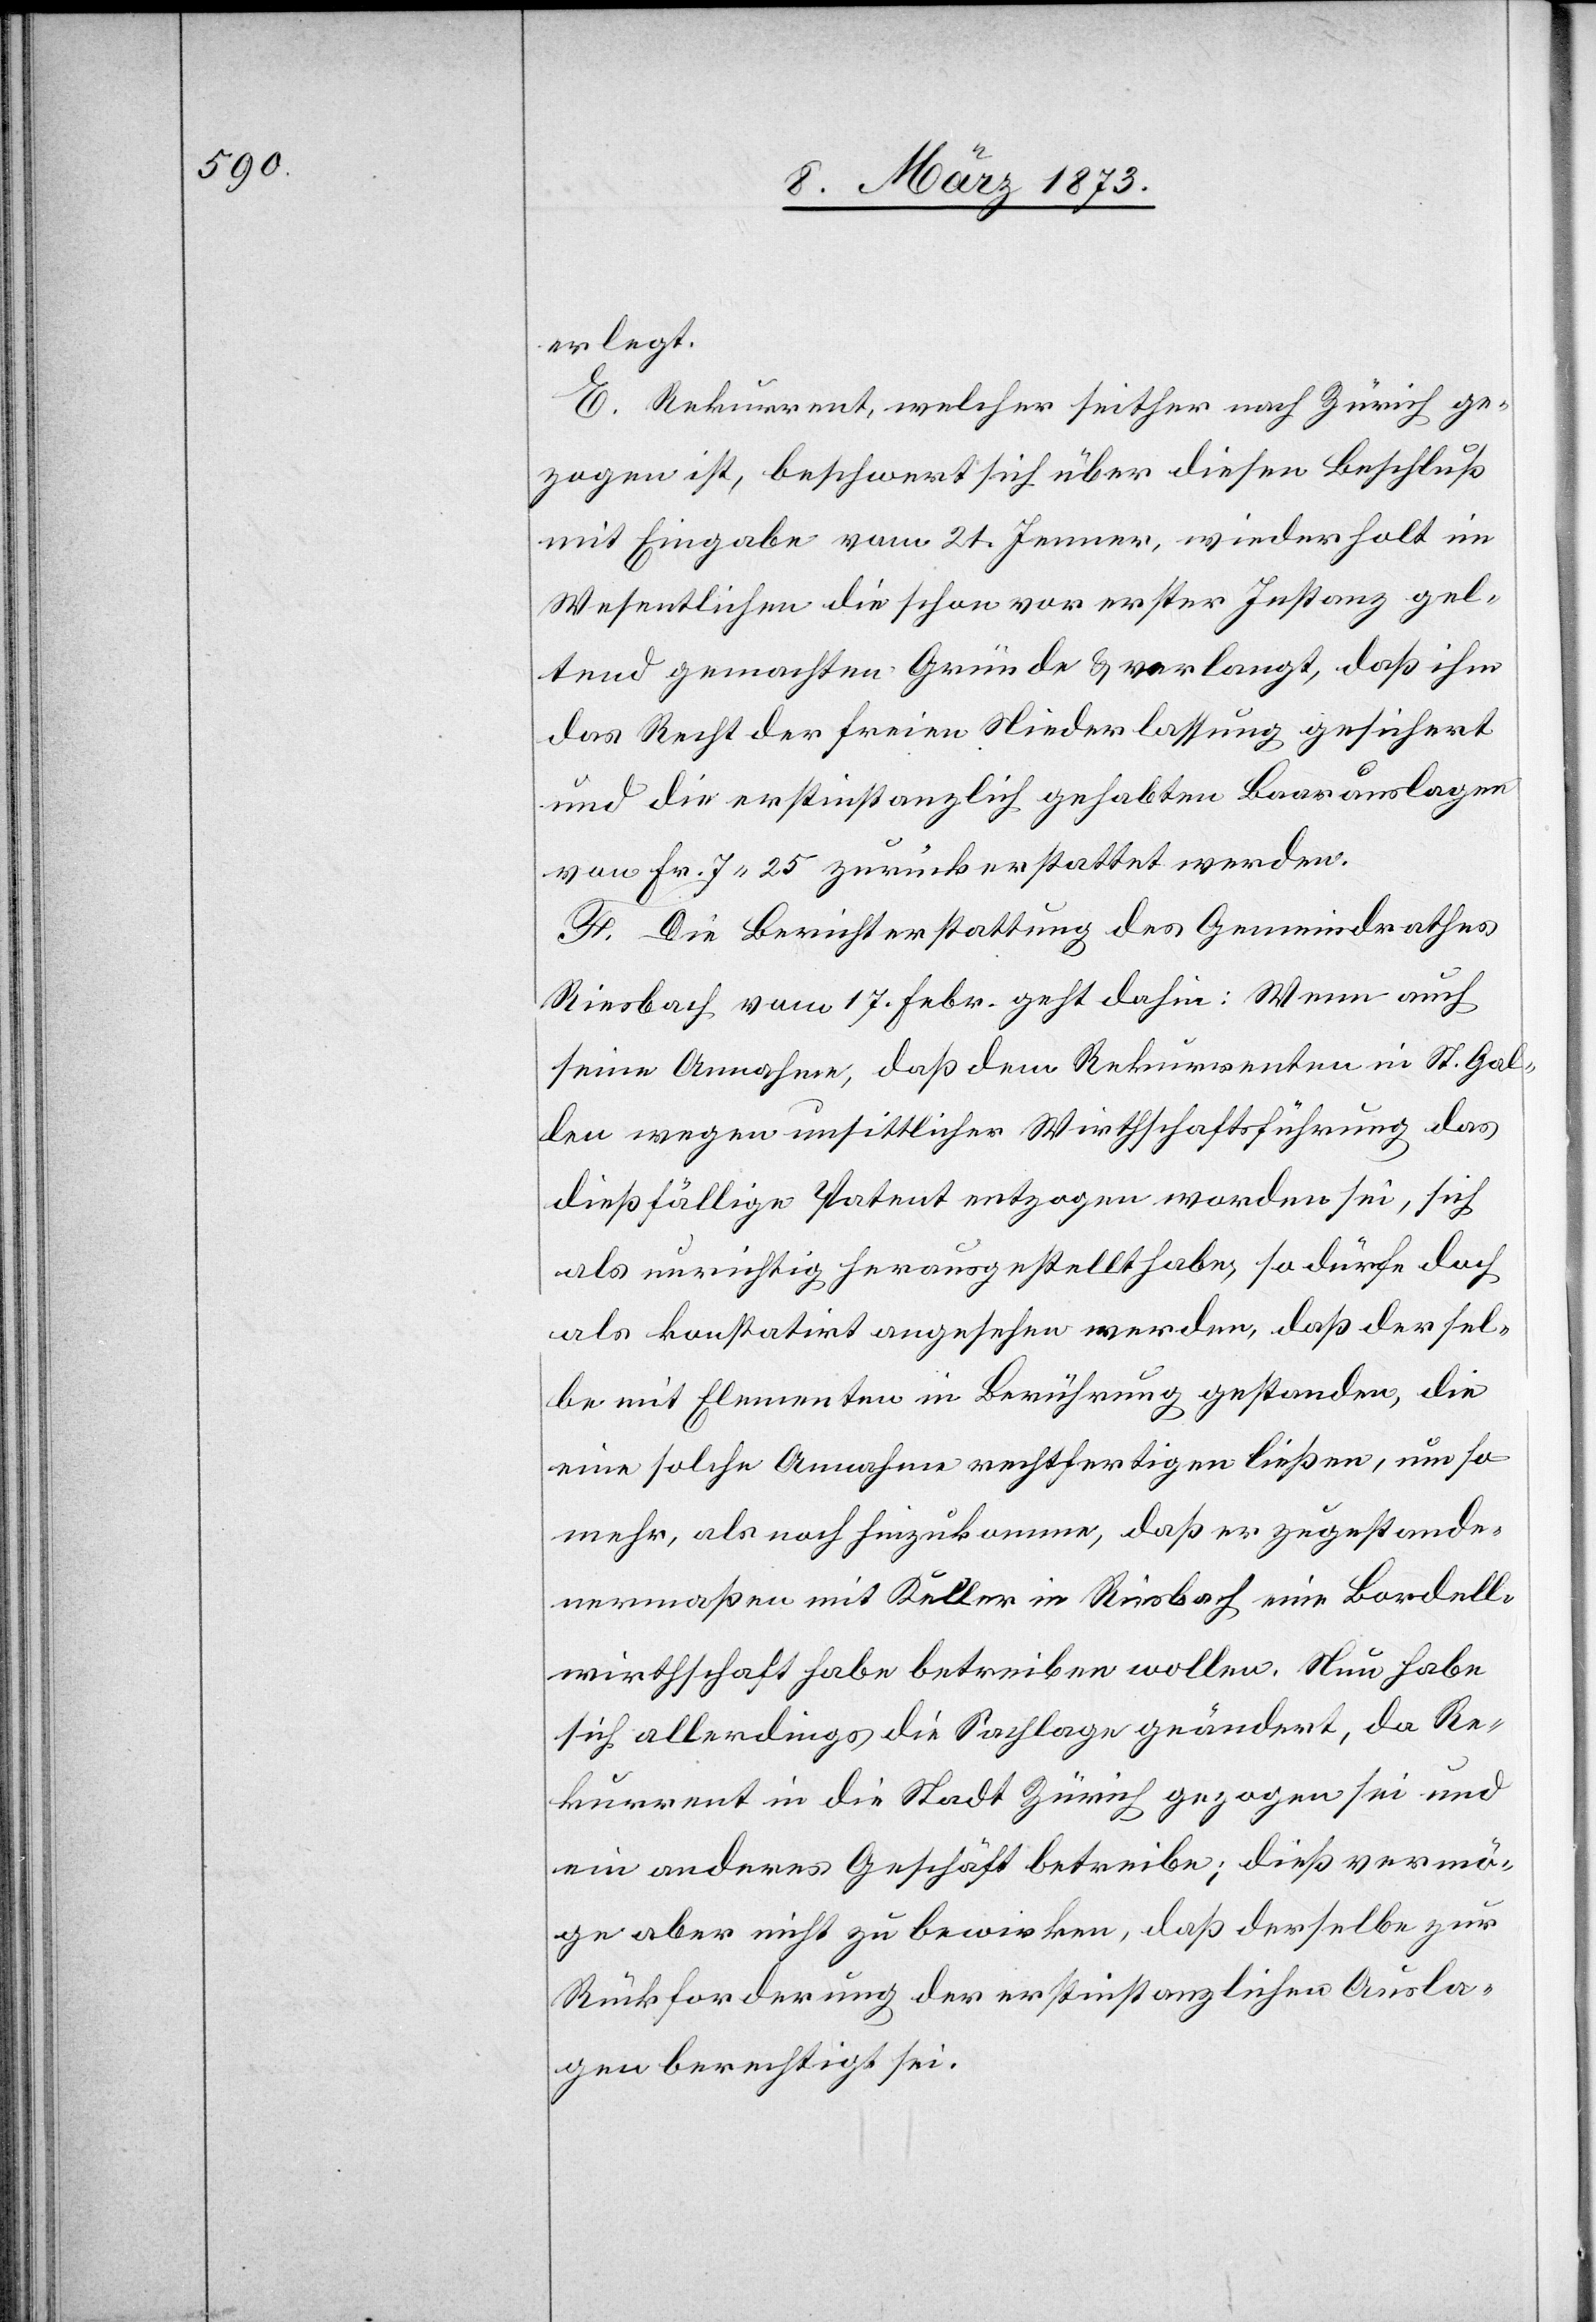
erlegt.
E. Rekurrent, welcher seither nach Zürich ge¬
zogen ist, beschwert sich über diesen Beschluß
mit Eingabe vom 21. Jenner, wiederholt im
Wesentlichen die schon vor erster Instanz gel¬
tend gemachten Gründe u. verlangt, daß ihm
das Recht der freien Niederlassung gesichert
und die erstinstanzlich gehabten Baarauslagen
von Fr. 7.25 zurückerstattet werden.
F. Die Berichterstattung des Gemeindrathes
Riesbach vom 17. Febr. geht dahin: Wenn auch
seine Annahme, daß dem Rekurrenten in St. Gal¬
len wegen unsittlicher Wirtschaftsführung das
dießfällige Patent entzogen worden sei, sich
als unrichtig herausgestellt habe, so dürfe doch
als konstatirt angesehen werden, daß dersel¬
be mit Elementen in Berührung gestanden, die
eine solche Annahme rechtfertigen ließen, umso¬
mehr, als noch hinzukomme, daß er zugestande¬
nermaßen mit Keller in Riesbach eine Bordell¬
wirthschaft habe betreiben wollen. Nun habe
sich allerdings die Sachlage geändert, da Re¬
kurrent in die Stadt Zürich gezogen sei und
ein anderes Geschäft betreibe; dieß vermö¬
ge aber nicht zu bewirken, daß derselbe zur
Rückforderung der erstinstanzlichen Ausla¬
gen berechtigt sei.